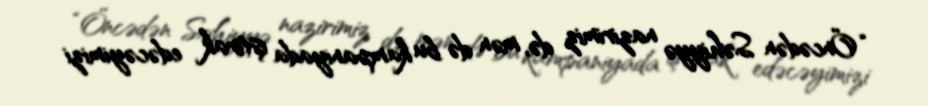
“Öncədən Səhiyyə nazirimiz də, mən də bu kampaniyada iştirak edəcəyimizi